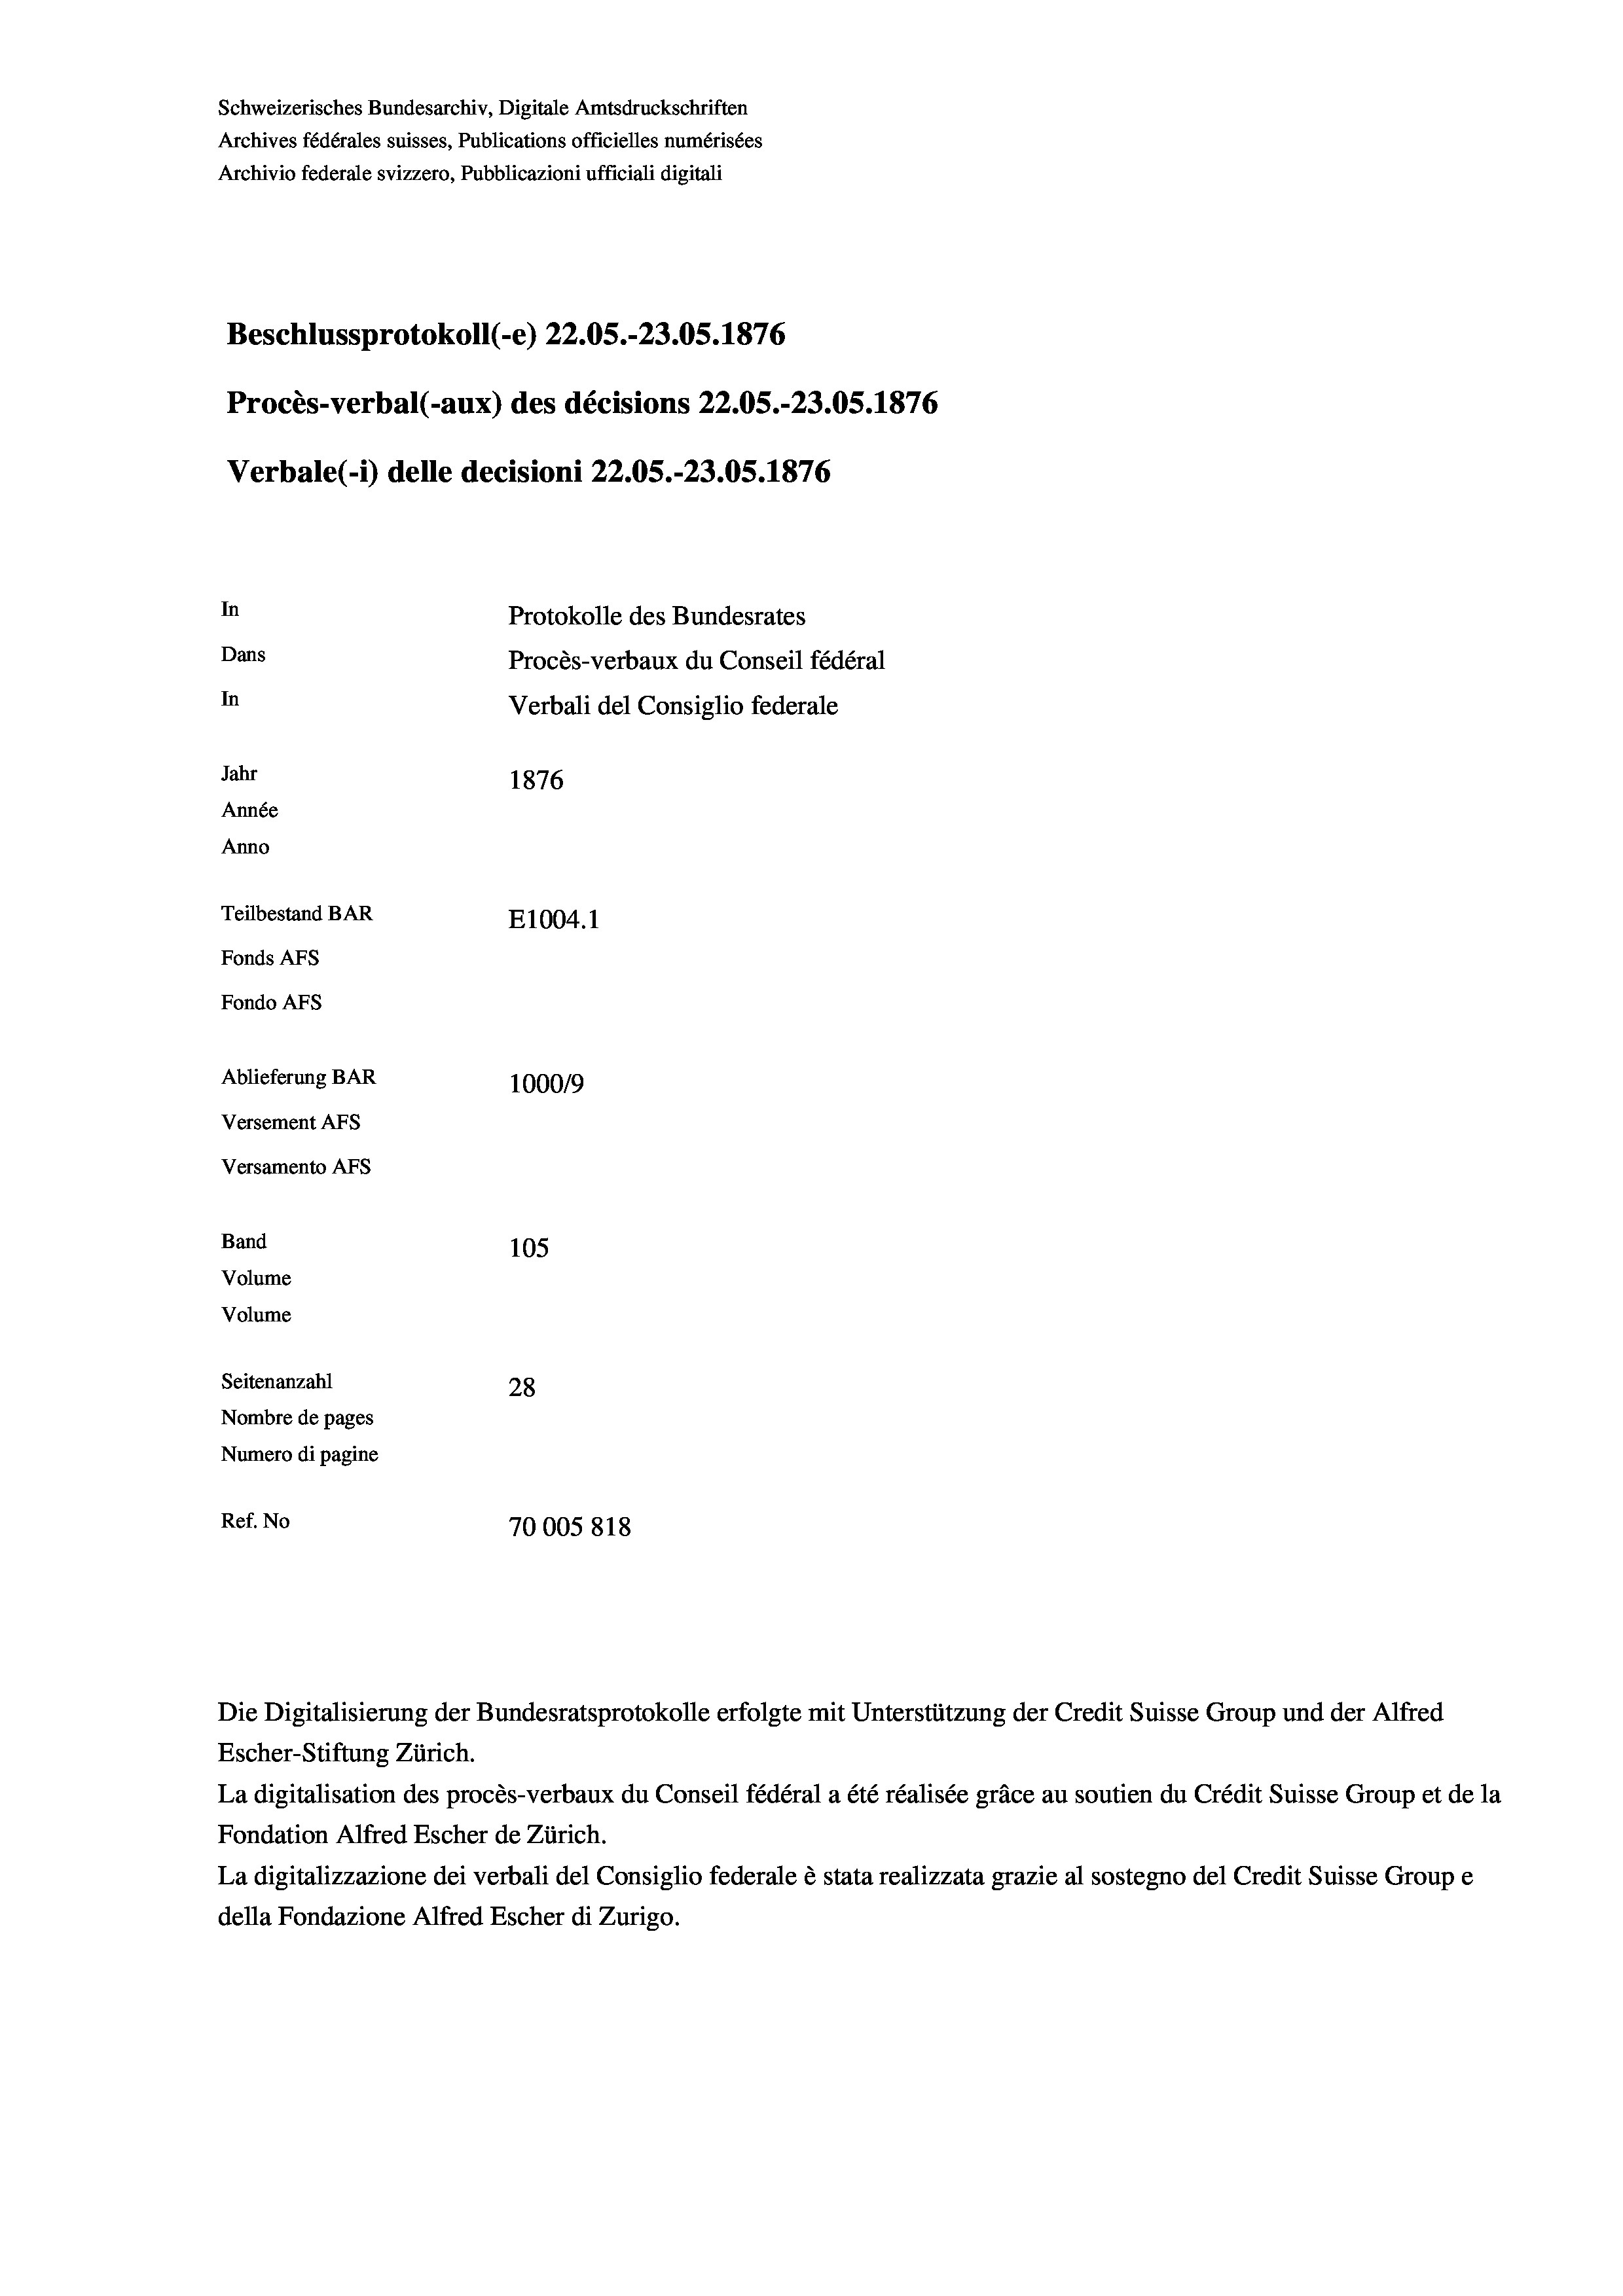
Schweizerisches Bundesarchiv, Digitale Amtsdruckschriften
Archives fédérales suisses, Publications officielles numérisées
Archivio federale svizzero, Pubblicazioni ufficiali digitali
Beschlussprotokoll (-e) 22.05.-23.05. 1876
Procès-verbal (-aux) des décisions 22.05.-23.05. 1876
Verbale (i) delle decisioni 22.05.-23.05. 1876
In
Protokolle des Bundesrates
Dans
Procès-verbaux du Conseil fédéral
In
Verbali del Consiglio federale
Jahr
1876
Année
Anno
Teilbestand BAR
E1004.1
Fonds AFs
Fondo Afs
Ablieferung BAR
100019
Versement AFs
Versamento Afs
Band
105
Volume
Volume

Seitenanzahl
28
Nombre de pages
Numero di pagine
Ref. No
70005818

Escher-Stiftung Zürich.
La digitalisation des procès-verbaux du Conseil fédéral a été réalisée gräce au soutien du Crédit Suisse Group et de la
Fondation Alfred Escher de Zürich.
La digitalizzazione dei verbali del Consiglio federale è stata realizzata grazie al sostegno del Credit Suisse Groupe
della Fondazione Alfred Escher di Zurigo.

Die Digitalisierung der Bundesratsprotokolle erfolgte mit Unterstützung der Credit Suisse Group und der Alfred